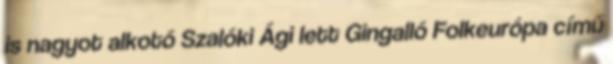
is nagyot alkotó Szalóki Ági lett Gingalló Folkeurópa című